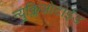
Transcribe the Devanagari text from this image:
न्युक्लिओटाईड